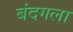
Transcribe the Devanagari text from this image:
बंदगला